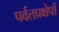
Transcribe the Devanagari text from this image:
पर्वतप्रक्षेपों